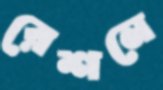
রেশনে